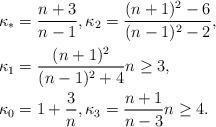
LaTeX: \begin{align*}\begin{aligned}\kappa_\ast&=\frac {n+3}{n-1}, \kappa_2=\frac {(n+1)^2-6}{(n-1)^2-2}, \\\kappa_1&=\frac{(n+1)^2}{(n-1)^2 +4} n \ge 3, \\\kappa_0&=1+\frac3n, \kappa_3=\frac {n+1}{n-3} n \ge 4.\end{aligned}\end{align*}